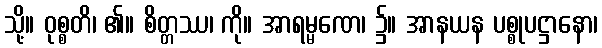
သို့။ ဝုစ္စတိ၊ ၏။ စိတ္တဿ၊ ကို။ အာရမ္မဏေ၊ ၌။ အာနယန ပစ္စုပဋ္ဌာနော၊